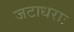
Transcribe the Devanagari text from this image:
जटाधराः